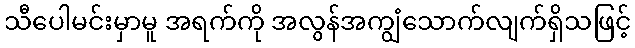
သီပေါမင်းမှာမူ အရက်ကို အလွန်အကျွံသောက်လျက်ရှိသဖြင့်